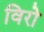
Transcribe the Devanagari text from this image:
विरो